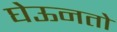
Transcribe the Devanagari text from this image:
घेऊनतो